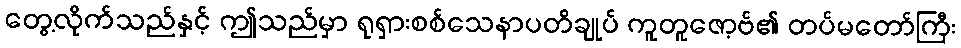
တွေ့လိုက်သည်နှင့် ဤသည်မှာ ရုရှားစစ်သေနာပတိချုပ် ကူတူဇော့ဗ်၏ တပ်မတော်ကြီး